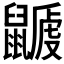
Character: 𪕽